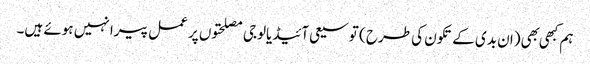
ہم کبهی بهی (ان بدی کے تکون کی طرح ) توسیعی آئیڈیالوجی مصلحتوں پر عمل پیرا نہیں ہوئے ہیں۔